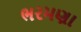
ભરમણા